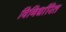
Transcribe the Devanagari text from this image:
विनिर्धारित